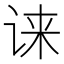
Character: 𫍧